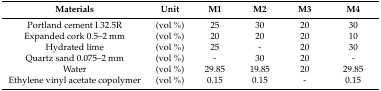
| Materials | Unit | M1 | M2 | M3 | M4 |
 | --- | --- | --- | --- | --- | --- |
 | Portland cement I 32.5R | (vol %) | 25 | 30 | 20 | 30 |
 | Expanded cork 0.5–2 mm | (vol %) | 20 | 20 | 20 | 10 |
 | Hydrated lime | (vol %) | 25 | - | 20 | 30 |
 | Quartz sand 0.075–2 mm | (vol %) | - | 30 | 20 | - |
 | Water | (vol %) | 29.85 | 19.85 | 20 | 29.85 |
 | Ethylene vinyl acetate copolymer | (vol %) | 0.15 | 0.15 | - | 0.15 |